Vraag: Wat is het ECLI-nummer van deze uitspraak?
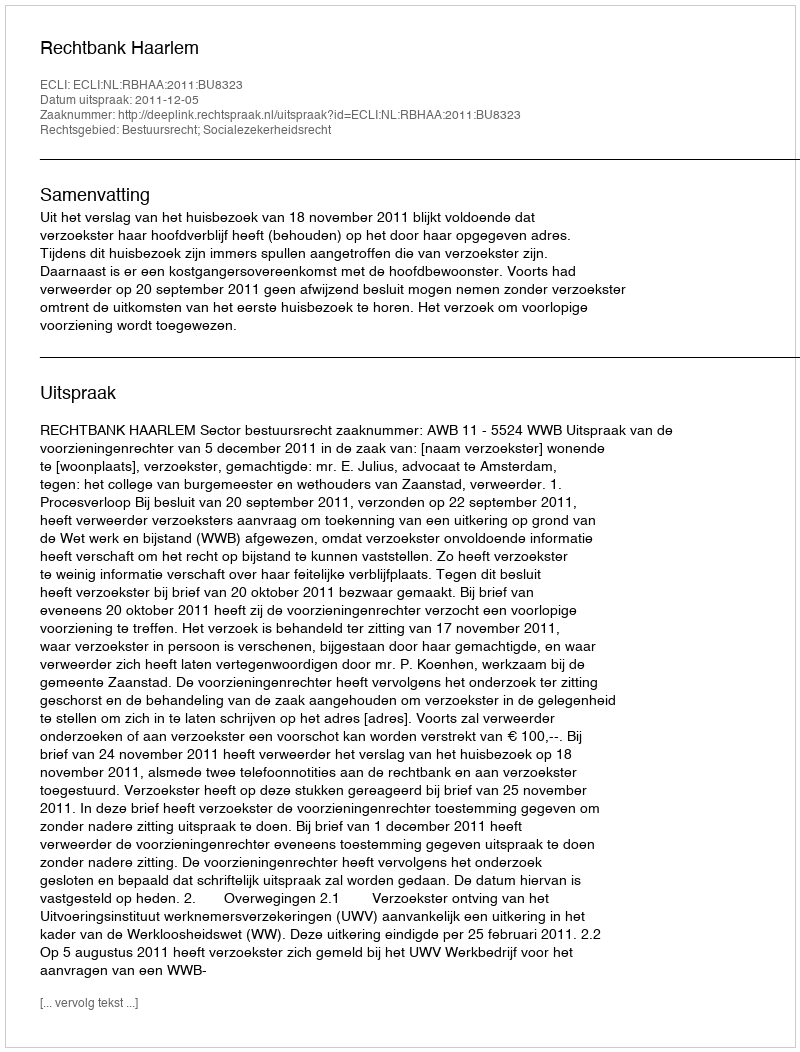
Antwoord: ECLI:NL:RBHAA:2011:BU8323